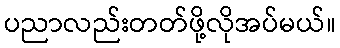
ပညာလည်းတတ်ဖို့လိုအပ်မယ်။